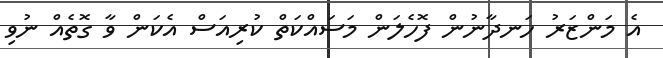
އެ މަންޒަރު ހަނދާނުން ފޮހެލަން މަސައްކަތް ކުރިއަސް އެކަން ވާ ގޮތެއް ނުވި